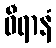
ဓီရာနံ